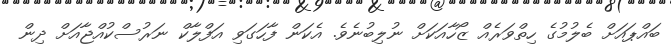
ބައްޕައަށް ބެލުމުގެ ހިތްވަރެއް ޒޯހާއަކަށް ނުލިބުނެވެ. އެކަން ފާހަގަވި އަފްލާކް ނަރުސްކުއްޖާއަށް ދިން